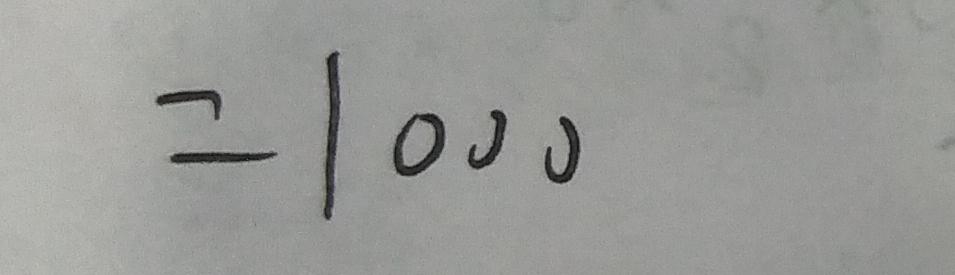
= 1 0 0 0